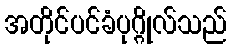
အတိုင်ပင်ခံပုဂ္ဂိုလ်သည်